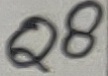
Text: Q8